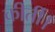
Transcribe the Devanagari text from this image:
कीर्ती।